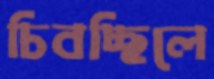
চিবচ্ছিলে